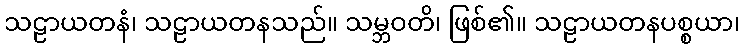
သဠာယတနံ၊ သဠာယတနသည်။ သမ္ဘဝတိ၊ ဖြစ်၏။ သဠာယတနပစ္စယာ၊